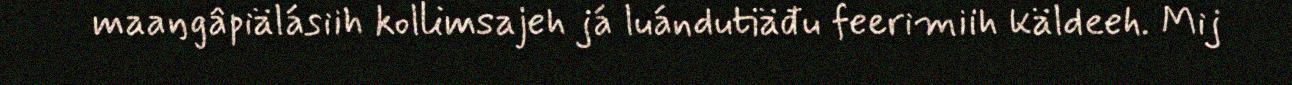
maaŋgâpiälásiih kollimsajeh já luándutiäđu feerimiih käldeeh. Mij